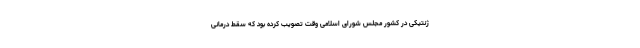
ژنتیکی در کشور مجلس شورای اسلامی وقت تصویب کرده بود که سقط‌ درمانی